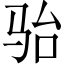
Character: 骀